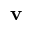
\mathbf { v }